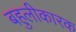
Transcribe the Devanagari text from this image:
बहुलीकारक